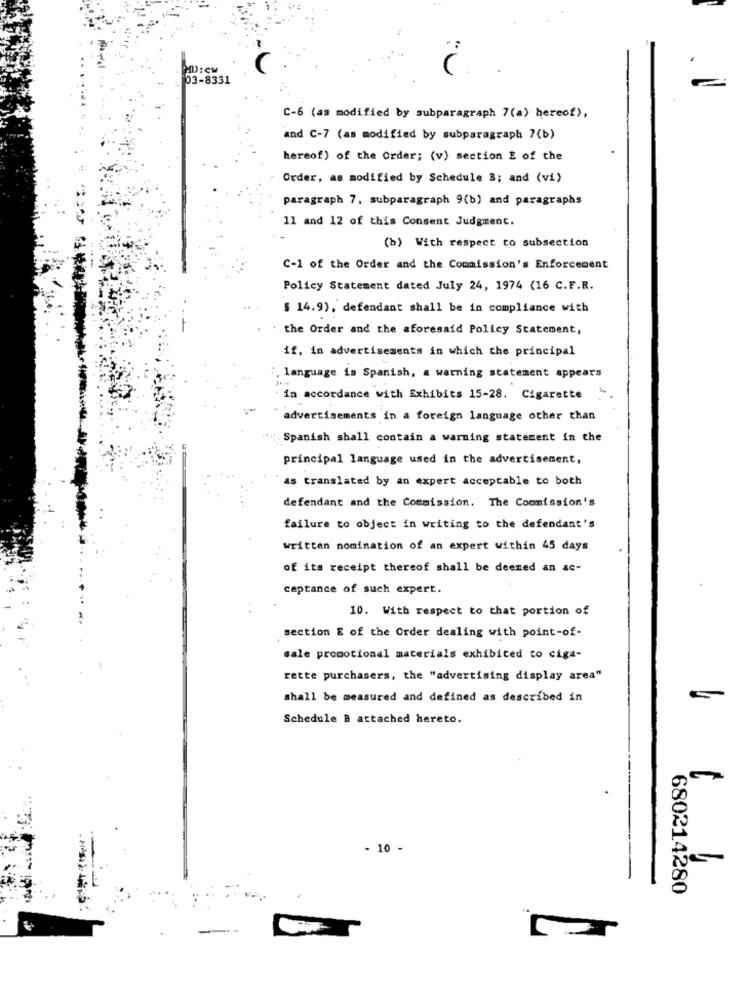
03-8331
C-6 (as modified by subparagraph 7(a) hereof),
and C-7 (as modified by subparagraph 7(b)
hereof) of the Order; (v) section E of the
Order, as modified by Schedule B; and (vi)
paragraph 7, subparagraph 9(b) and paragraphs
11 and 12 of this Consent Judgment.
(b) With respect to subsection
C-1 of the Order and the Commission's Enforcement
Policy Statement dated July 24, 1974 (16 C.F.R.
§ 14.9), defendant shall be in compliance with
the Order and the aforesaid Policy Statement,
if, in advertisements in which the principal
. language is Spanish, a warning statement appears
in accordance with Exhibits 15-28. Cigarette
advertisements in a foreign language other than
Spanish shall contain a warning statement in the
principal language used in the advertisement,
as translated by an expert acceptable to both
defendant and the Commission. The Commission's
failure to object in writing to the defendant's
written nomination of an expert within 45 days
of its receipt thereof shall be deemed an ac-
ceptance of such expert.
10. With respect to that portion of
section E of the Order dealing with point-of-
sale promotional materials exhibited to ciga-
rette purchasers, the "advertising display area"
shall be measured and defined as described in
Schedule B attached hereto.
- 10 -
680214280